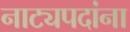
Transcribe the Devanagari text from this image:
नाट्यपदांना